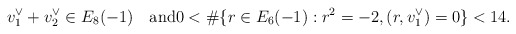
\begin{align*}v_1^\vee + v_2^\vee \in E_8(-1)\quad\textrm{and}0 < \#\{r \in E_6(-1) : r^2 = -2, (r,v_1^\vee) = 0\} < 14.\end{align*}